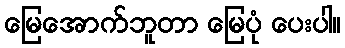
မြေအောက်ဘူတာ မြေပုံ ပေးပါ။